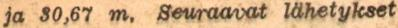
ja 30,67 m. Seuraavat lähetykset